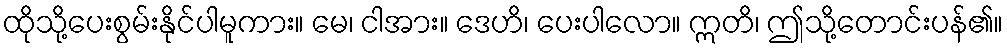
ထိုသို့ပေးစွမ်းနိုင်ပါမူကား။ မေ၊ ငါအား။ ဒေဟိ၊ ပေးပါလော။ ဣတိ၊ ဤသို့တောင်းပန်၏။